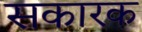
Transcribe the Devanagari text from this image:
सकारक